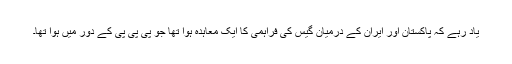
یاد رہے کہ پاکستان اور ایران کے درمیان گیس کی فراہمی کا ایک معاہدہ ہوا تھا جو پی پی پی کے دور میں ہوا تھا۔